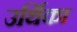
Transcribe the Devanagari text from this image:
उर्थिका